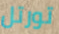
تورتل